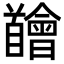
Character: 𩠴